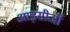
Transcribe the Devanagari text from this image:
आइसीजी